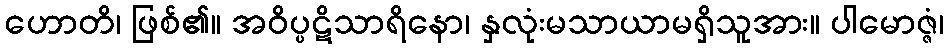
ဟောတိ၊ ဖြစ်၏။ အဝိပ္ပဋိသာရိနော၊ နှလုံးမသာယာမရှိသူအား။ ပါမောဇ္ဇံ၊